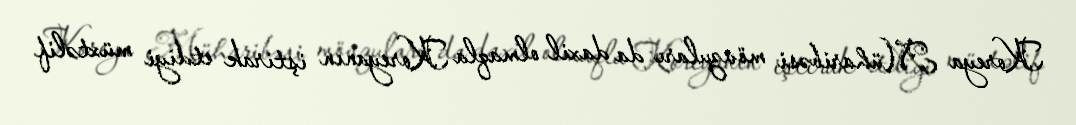
Koreya Müharibəsi mövzuları da daxil olmaqla Koreyanın iştirak etdiyi müxtəlif